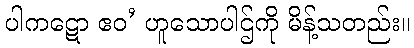
ပါကဋော ဧဝ’ ဟူသောပါဌ်ကို မိန့်သတည်း။